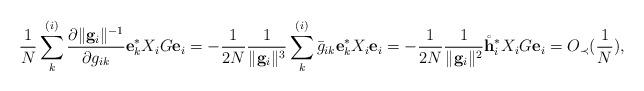
LaTeX: \begin{align*}\frac{1}{N} \sum_k^{(i)} \frac{\partial \|\mathbf{g}_i\| ^{-1}}{\partial g_{ik}} \mathbf{e}_k^* X_i G\mathbf{e}_i=-\frac{1}{2N}\frac{1}{\|\mathbf{g}_i\|^3} \sum_{k}^{(i)} \bar{g}_{ik} \mathbf{e}_k^* X_i\mathbf{e}_i=-\frac{1}{2N}\frac{1}{\|\mathbf{g}_i\|^2} \mathring{\mathbf{h}}_i^* X_iG\mathbf{e}_i=O_\prec(\frac{1}{N}), \end{align*}